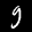
Label: 9